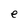
Character: e